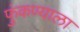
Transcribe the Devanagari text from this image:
फुंकण्याला